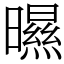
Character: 㬤